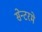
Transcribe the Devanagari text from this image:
सेन्टरमे